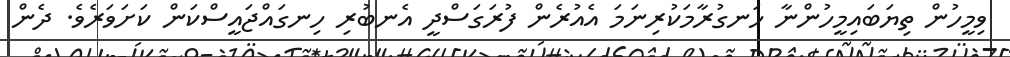
ވިމީހުން ތިޔަބައިމީހުންނާ ހަނގުރާމަކުރިނަމަ އެއުރެން ފުރަގަސްދީ އެނބުރި ހިނގައްޖައީސްކަން ކަށަވަރެވެ. ދެން